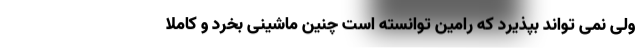
ولی نمی تواند بپذیرد که رامین توانسته است چنین ماشینی بخرد و کاملا